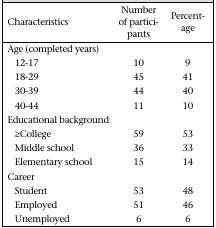
<table><thead><tr><td><b>Characteristics</b></td><td><b>Number of participants</b></td><td><b>Percentage</b></td></tr></thead><tbody><tr><td>Age (completed years)</td><td></td><td></td></tr><tr><td>12-17</td><td>10</td><td>9</td></tr><tr><td>18-29</td><td>45</td><td>41</td></tr><tr><td>30-39</td><td>44</td><td>40</td></tr><tr><td>40-44</td><td>11</td><td>10</td></tr><tr><td>Educational background</td><td></td><td></td></tr><tr><td>≥College</td><td>59</td><td>53</td></tr><tr><td>Middle school</td><td>36</td><td>33</td></tr><tr><td>Elementary school</td><td>15</td><td>14</td></tr><tr><td>Career</td><td></td><td></td></tr><tr><td>Student</td><td>53</td><td>48</td></tr><tr><td>Employed</td><td>51</td><td>46</td></tr><tr><td>Unemployed</td><td>6</td><td>6</td></tr></tbody></table>